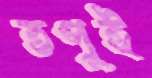
তপুই